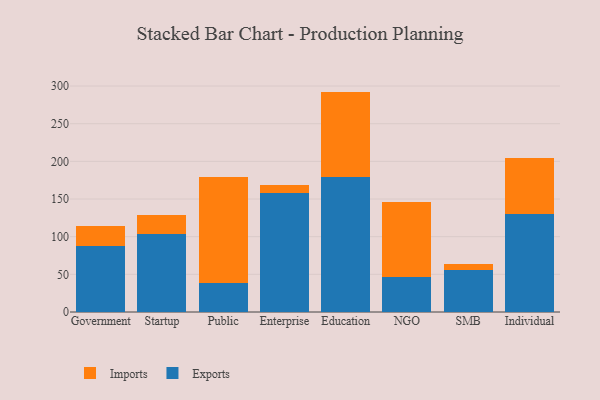
{"axis": {"x": "Segment", "y": "LTV (USD)"}, "legend": ["Exports", "Imports"], "data": [{"x": "Government", "y": 87.1, "type": "Exports"}, {"x": "Government", "y": 27.2, "type": "Imports"}, {"x": "Startup", "y": 103.6, "type": "Exports"}, {"x": "Startup", "y": 24.7, "type": "Imports"}, {"x": "Public", "y": 38.4, "type": "Exports"}, {"x": "Public", "y": 141.3, "type": "Imports"}, {"x": "Enterprise", "y": 158.6, "type": "Exports"}, {"x": "Enterprise", "y": 10.1, "type": "Imports"}, {"x": "Education", "y": 178.8, "type": "Exports"}, {"x": "Education", "y": 113.8, "type": "Imports"}, {"x": "NGO", "y": 46.1, "type": "Exports"}, {"x": "NGO", "y": 99.7, "type": "Imports"}, {"x": "SMB", "y": 55.3, "type": "Exports"}, {"x": "SMB", "y": 8.2, "type": "Imports"}, {"x": "Individual", "y": 129.5, "type": "Exports"}, {"x": "Individual", "y": 75.0, "type": "Imports"}]}